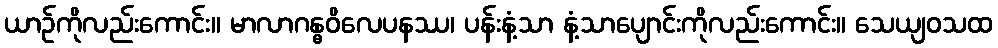
ယာဉ်ကိုလည်းကောင်း။ မာလာဂန္ဓဝိလေပနဿ၊ ပန်းနံ့သာ နံ့သာပျောင်းကိုလည်းကောင်း။ သေယျဝသထ